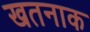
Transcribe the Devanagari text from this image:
खतनाक